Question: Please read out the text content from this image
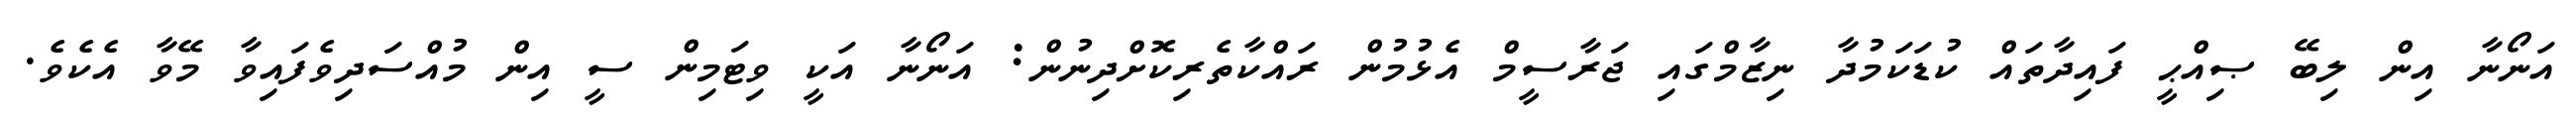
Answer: އަނޯނާ އިން ލިބޭ ޞިއްޙީ ފައިދާތައް ކުޑަކަމުދާ ނިޒާމްގައި ޖަރާސީމް އެޅުމުން ރައްކާތެރިކޮށްދިނުން: އަނޯނާ އަކީ ވިޓަމިން ސީ އިން މުއްސަދިވެފައިވާ މޭވާ އެކެވެ.